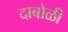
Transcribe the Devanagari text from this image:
दाबोळी